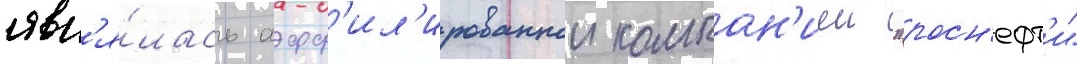
явл'я́лась афф'ил'ированнои компан'иеи "росн'ефт'и"